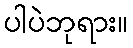
ပါပဲဘုရား။